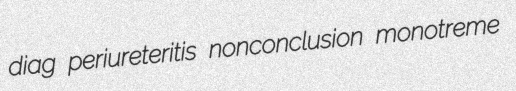
diag periureteritis nonconclusion monotreme